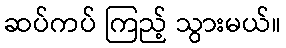
ဆပ်ကပ် ကြည့် သွားမယ်။